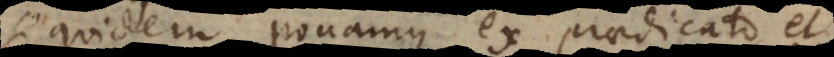
si quidem ponamus ex praedicato et